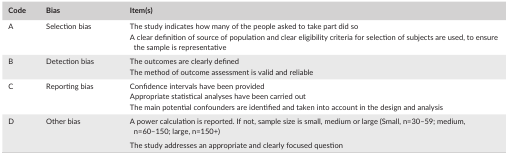
<table><thead><tr><td><b>Code</b></td><td><b>Bias</b></td><td><b>Item(s)</b></td></tr></thead><tbody><tr><td rowspan="2">A</td><td rowspan="2">Selection bias</td><td>The study indicates how many of the people asked to take part did so</td></tr><tr><td>A clear definition of source of population and clear eligibility criteria for selection of subjects are used, to ensure the sample is representative</td></tr><tr><td rowspan="2">B</td><td rowspan="2">Detection bias</td><td>The outcomes are clearly defined</td></tr><tr><td>The method of outcome assessment is valid and reliable</td></tr><tr><td rowspan="3">C</td><td rowspan="3">Reporting bias</td><td>Confidence intervals have been provided</td></tr><tr><td>Appropriate statistical analyses have been carried out</td></tr><tr><td>The main potential confounders are identified and taken into account in the design and analysis</td></tr><tr><td rowspan="2">D</td><td rowspan="2">Other bias</td><td>A power calculation is reported. If not, sample size is small, medium or large (Small, n=30–59; medium, n=60–150; large, n=150+)</td></tr><tr><td>The study addresses an appropriate and clearly focused question</td></tr></tbody></table>